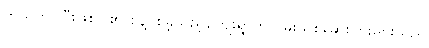
ကယ်တင်ပြီးဖြစ်ပါ၏ စွန့်ပစ်ခဲ့သည့်ကျေးရွာတွင် မူးယစ်ဆေးပြားများသည်